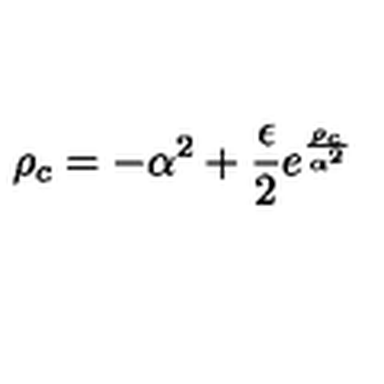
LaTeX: \rho _ { c } = - \alpha ^ { 2 } + { \frac { \epsilon } { 2 } } e ^ { \frac { \rho _ { c } } { \alpha ^ { 2 } } }